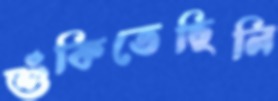
শুঁকিতেছিলি